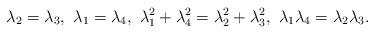
LaTeX: \begin{align*} \lambda_{2}=\lambda_{3},\ \lambda_{1}=\lambda_{4},\ \lambda_{1}^{2}+\lambda_{4}^{2}=\lambda_{2}^{2}+\lambda_{3}^{2},\ \lambda_{1}\lambda_{4} = \lambda_{2}\lambda_{3}.\end{align*}